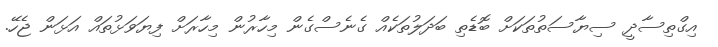
އިގްތިސާދީ ސިޔާސަތުތަކަށް ބޮޑެތި ބަދަލުތަކެއް ގެނެސްގެން މިހާރުން މިހާރަށް ފިޔަވަޅުތައް އަޅަން ޖެހޭ.